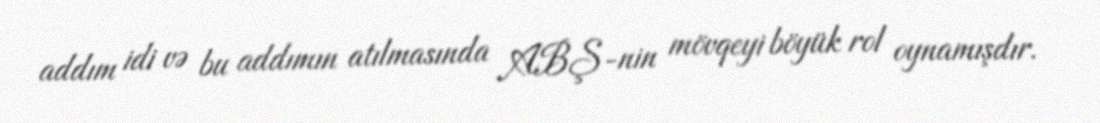
addım idi və bu addımın atılmasında ABŞ-nin mövqeyi böyük rol oynamışdır.